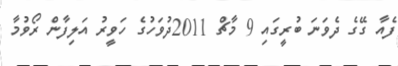
ފެއާ ގޭގެ ދެވަނަ ބުރީގައި 9 މާޗް 2011ދުވަހުގެ ހަވީރު އަލިފާން ރޯވުމާ